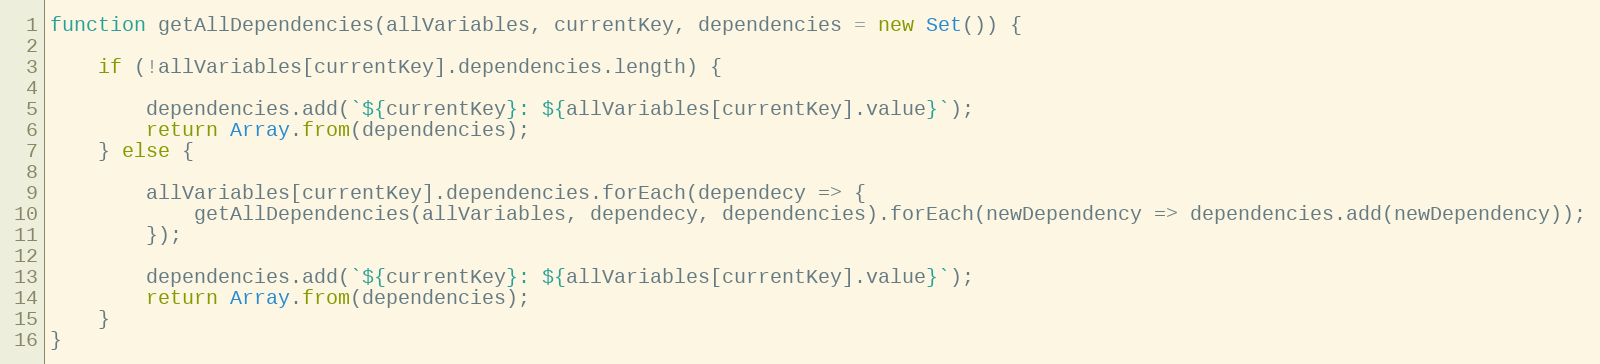
Language: JavaScript
function getAllDependencies(allVariables, currentKey, dependencies = new Set()) {

    if (!allVariables[currentKey].dependencies.length) {

        dependencies.add(`${currentKey}: ${allVariables[currentKey].value}`);
        return Array.from(dependencies);
    } else {

        allVariables[currentKey].dependencies.forEach(dependecy => {
            getAllDependencies(allVariables, dependecy, dependencies).forEach(newDependency => dependencies.add(newDependency));
        });

        dependencies.add(`${currentKey}: ${allVariables[currentKey].value}`);
        return Array.from(dependencies);
    }
}